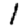
Digit: 1